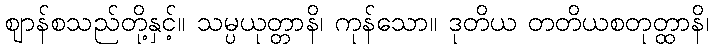
ဈာန်စသည်တို့နှင့်။ သမ္ပယုတ္တာနိ၊ ကုန်သော။ ဒုတိယ တတိယစတုတ္ထာနိ၊